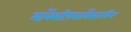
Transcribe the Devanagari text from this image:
मॉक्सीफ़्लॉक्सासिन